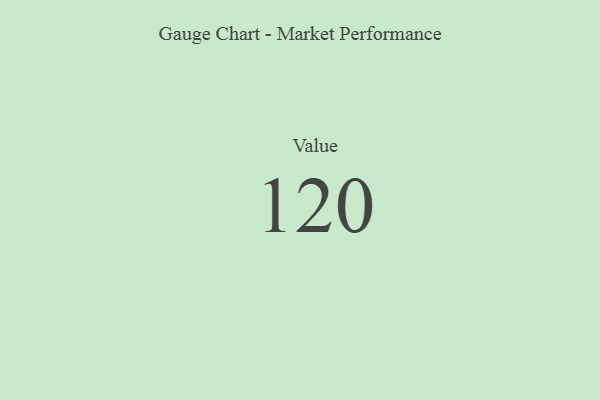
{"axis": {"x": "Metric", "y": "Value"}, "legend": [""], "data": [{"x": "Value", "y": 120, "type": ""}]}